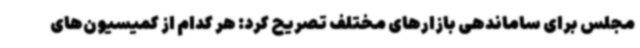
مجلس برای ساماندهی بازارهای مختلف تصریح کرد: هر کدام از کمیسیون‌های